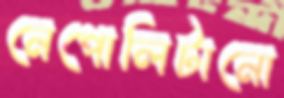
নেপোলিটানো